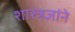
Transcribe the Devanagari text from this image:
शास्त्रज्ञांने